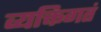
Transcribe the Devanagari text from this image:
व्यक्तिगतं